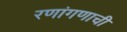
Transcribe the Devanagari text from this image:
रणांगणाची